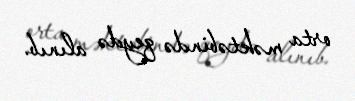
orta məktəbində qeydə alınıb.